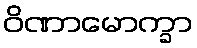
ဝိဏာမောက္ခာ